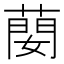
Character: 蔅